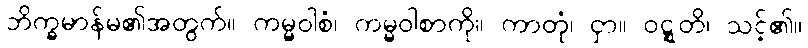
ဘိက္ခမာန်မ၏အတွက်။ ကမ္မဝါစံ၊ ကမ္မဝါစာကို။ ကာတုံ၊ ငှာ။ ဝဋ္ဋတိ၊ သင့်၏။